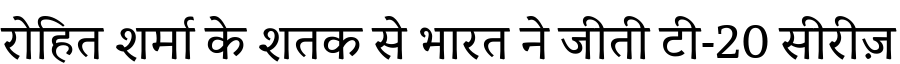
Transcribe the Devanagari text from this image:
रोहित शर्मा के शतक से भारत ने जीती टी-20 सीरीज़